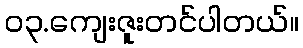
၀၃.ကျေးဇူးတင်ပါတယ်။